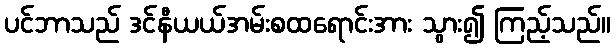
ပင်ဘာသည် ဒင်နီယယ်အမ်းစထရောင်းအား သွား၍ ကြည့်သည်။